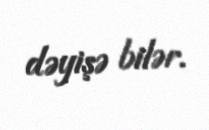
dəyişə bilər.